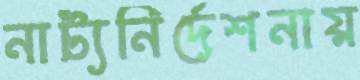
নাট্যনির্দেশনায়